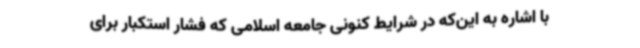
با اشاره به این‌که در شرایط کنونی جامعه اسلامی که فشار استکبار برای